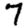
Digit: 7